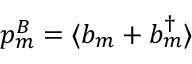
p _ { m } ^ { B } = \langle b _ { m } ^ { \phantom { \dagger } } + b _ { m } ^ { \dagger } \rangle